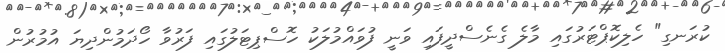
ކުރަނގި" ހެލިކޮޕްޓަރުގައި މާލެ ގެނެސްދީފައި ވަނީ ފުވައްމުލަކު ހޮސްޕިޓަލުގައި ފަރުވާ ހޯދަމުންދިޔަ އުމުރުން